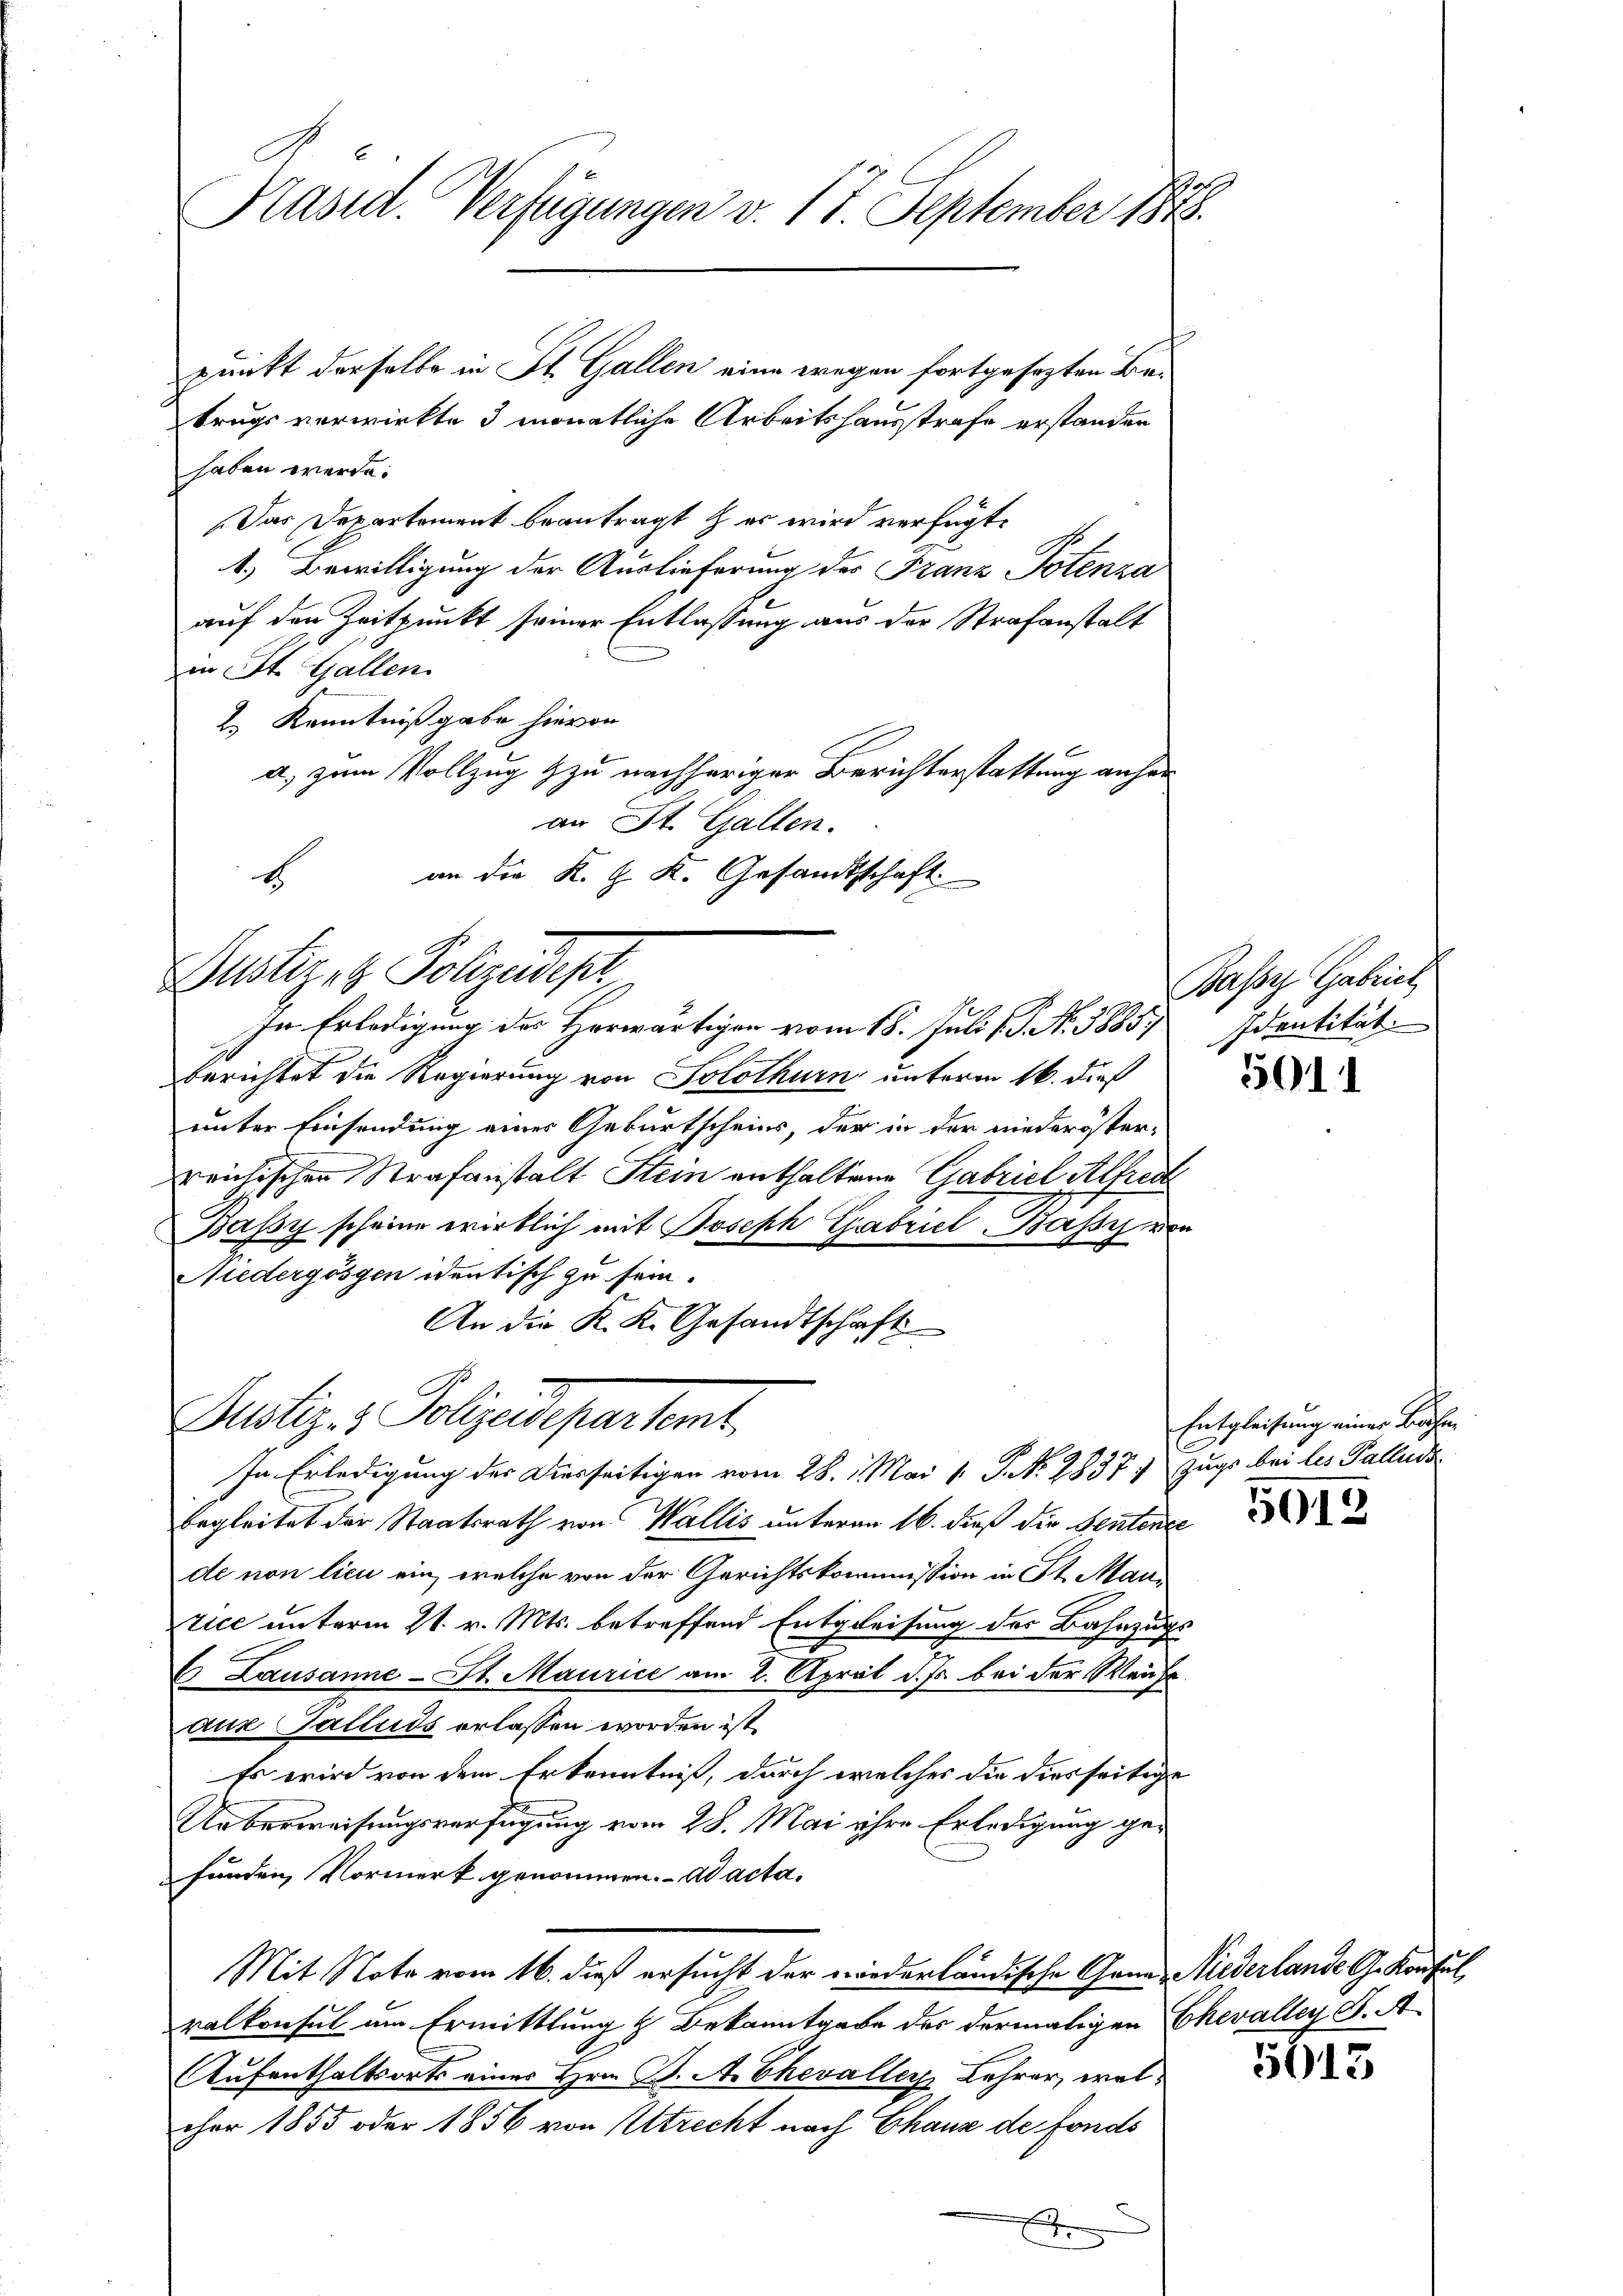
Präsid. Verfügungen v. 17. September 1848.

trugs verwirkte 3 monatliche Arbeitshausstrafe erstanden
haben werde.
Das Departement beantragt er wird verfügt:
1.) Bewilligung der Auslieferung der Franz Potenza
auf den Zeitpunkt seiner Entlassung aus der Strafanstalt
in St. Gallen
2.) Kenntnißgabe hievon
a. zum Vollzug zu nachheriger Berichterstattung anheran St. Gallen.
an die K. G. K. Gesandtschaft
b

Justizit Polizeidept
In Erledigung des Horwärtigen vom 18. Juli 18. No. 3885. Identität

punkt derselbe in St. Gallen eine wegen fortgesezten Be¬

berichtet die Regierung von Solothurn unterm 16. dieß
unter Einsendung eines Geburtscheins, der in der niederöster-
reichischen Strafanstalt Stein enthaltene Gabriel Alfred
Bassy scheine wirklich mit Joseph Gabriel-Bassy von
Niedergösyen identisch zu sein.
An die K. K. Gesandtschaft
In Erledigung der Diesseitigen vom 28. 1. Mai v. P. N. 2837; Zugs bei les Pallado
begleitet der Staatsrath von Wallis unteren 16. dieß die Sentente
de non lieu ein, welche von der Gerichtskommission in St. Mani
tice unterm 21. v. Mts. betreffend Entgleisung des Bahnzugs
C. Lausanne-St. Maurice am 2. April d. Js. bei der Weiche
aus Galluds erlassen worden ist,
Es wird von dem Erkenntniß, durch welches die diesseitige
Ueberweisungsverfügung vom 28. Mai ihre Erledigung gefunden Vormerk genommen. ad acta.
Mit Note vom 16. dieß ersucht der wiederländische Genes Niederlande G. Konsul
ralkonsul um Ermittlung & Bekanntgabe des dermaligen Chevaller B. A
Aufenthaltsorts eines Hrn. B. A. Chevaller Lehrer, welcher 1855 oder 1856 von Utrecht nach Chaus de fonds
E

Justiz- & Polizeidepartamt,

Bassez Gabrich

5011

Entgleichung einer Bahn
5015

5013